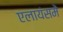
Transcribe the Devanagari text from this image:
एलायंसमें